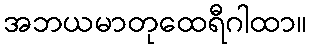
အဘယမာတုထေရီဂါထာ။